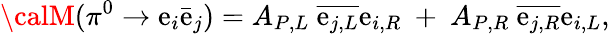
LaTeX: {\calM}(\pi^{0}\rightarrow\mathrm{e}_{i}\bar{{\mathrm{e}}}_{j})=A_{P,L}~\overline{{{{\mathrm{e}_{j,L}}}}}\mathrm{e}_{i,R}~+~A_{P,R}~\overline{{{{\mathrm{e}_{j,R}}}}}\mathrm{e}_{i,L},